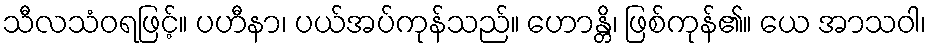
သီလသံဝရဖြင့်။ ပဟီနာ၊ ပယ်အပ်ကုန်သည်။ ဟောန္တိ၊ ဖြစ်ကုန်၏။ ယေ အာသဝါ၊